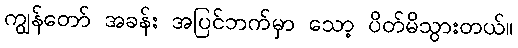
ကျွန်တော် အခန်း အပြင်ဘက်မှာ သော့ ပိတ်မိသွားတယ်။